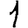
Digit: 1